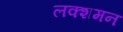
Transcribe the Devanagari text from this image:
लक्शमन